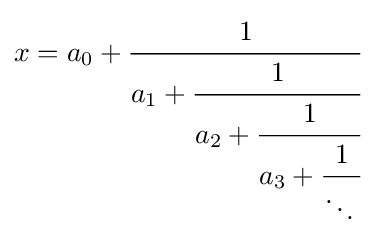
x=a_{0}+{\cfrac {1}{a_{1}+{\cfrac {1}{a_{2}+{\cfrac {1}{a_{3}+{\cfrac {1}{\ddots \,}}}}}}}}